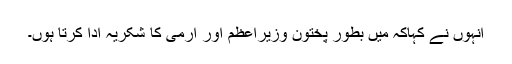
انہوں نے کہاکہ میں بطور پختون وزیراعظم اور آرمی کا شکریہ ادا کرتا ہوں۔